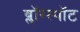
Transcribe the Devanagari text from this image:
ब्लॉग्स्पॉट